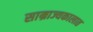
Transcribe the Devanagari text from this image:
साम्राज्यकालात